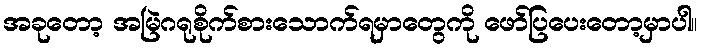
အခုတော့ အမြဲဂရုစိုက်စားသောက်ရမှာတွေကို ဖော်ပြပေးတော့မှာပါ။